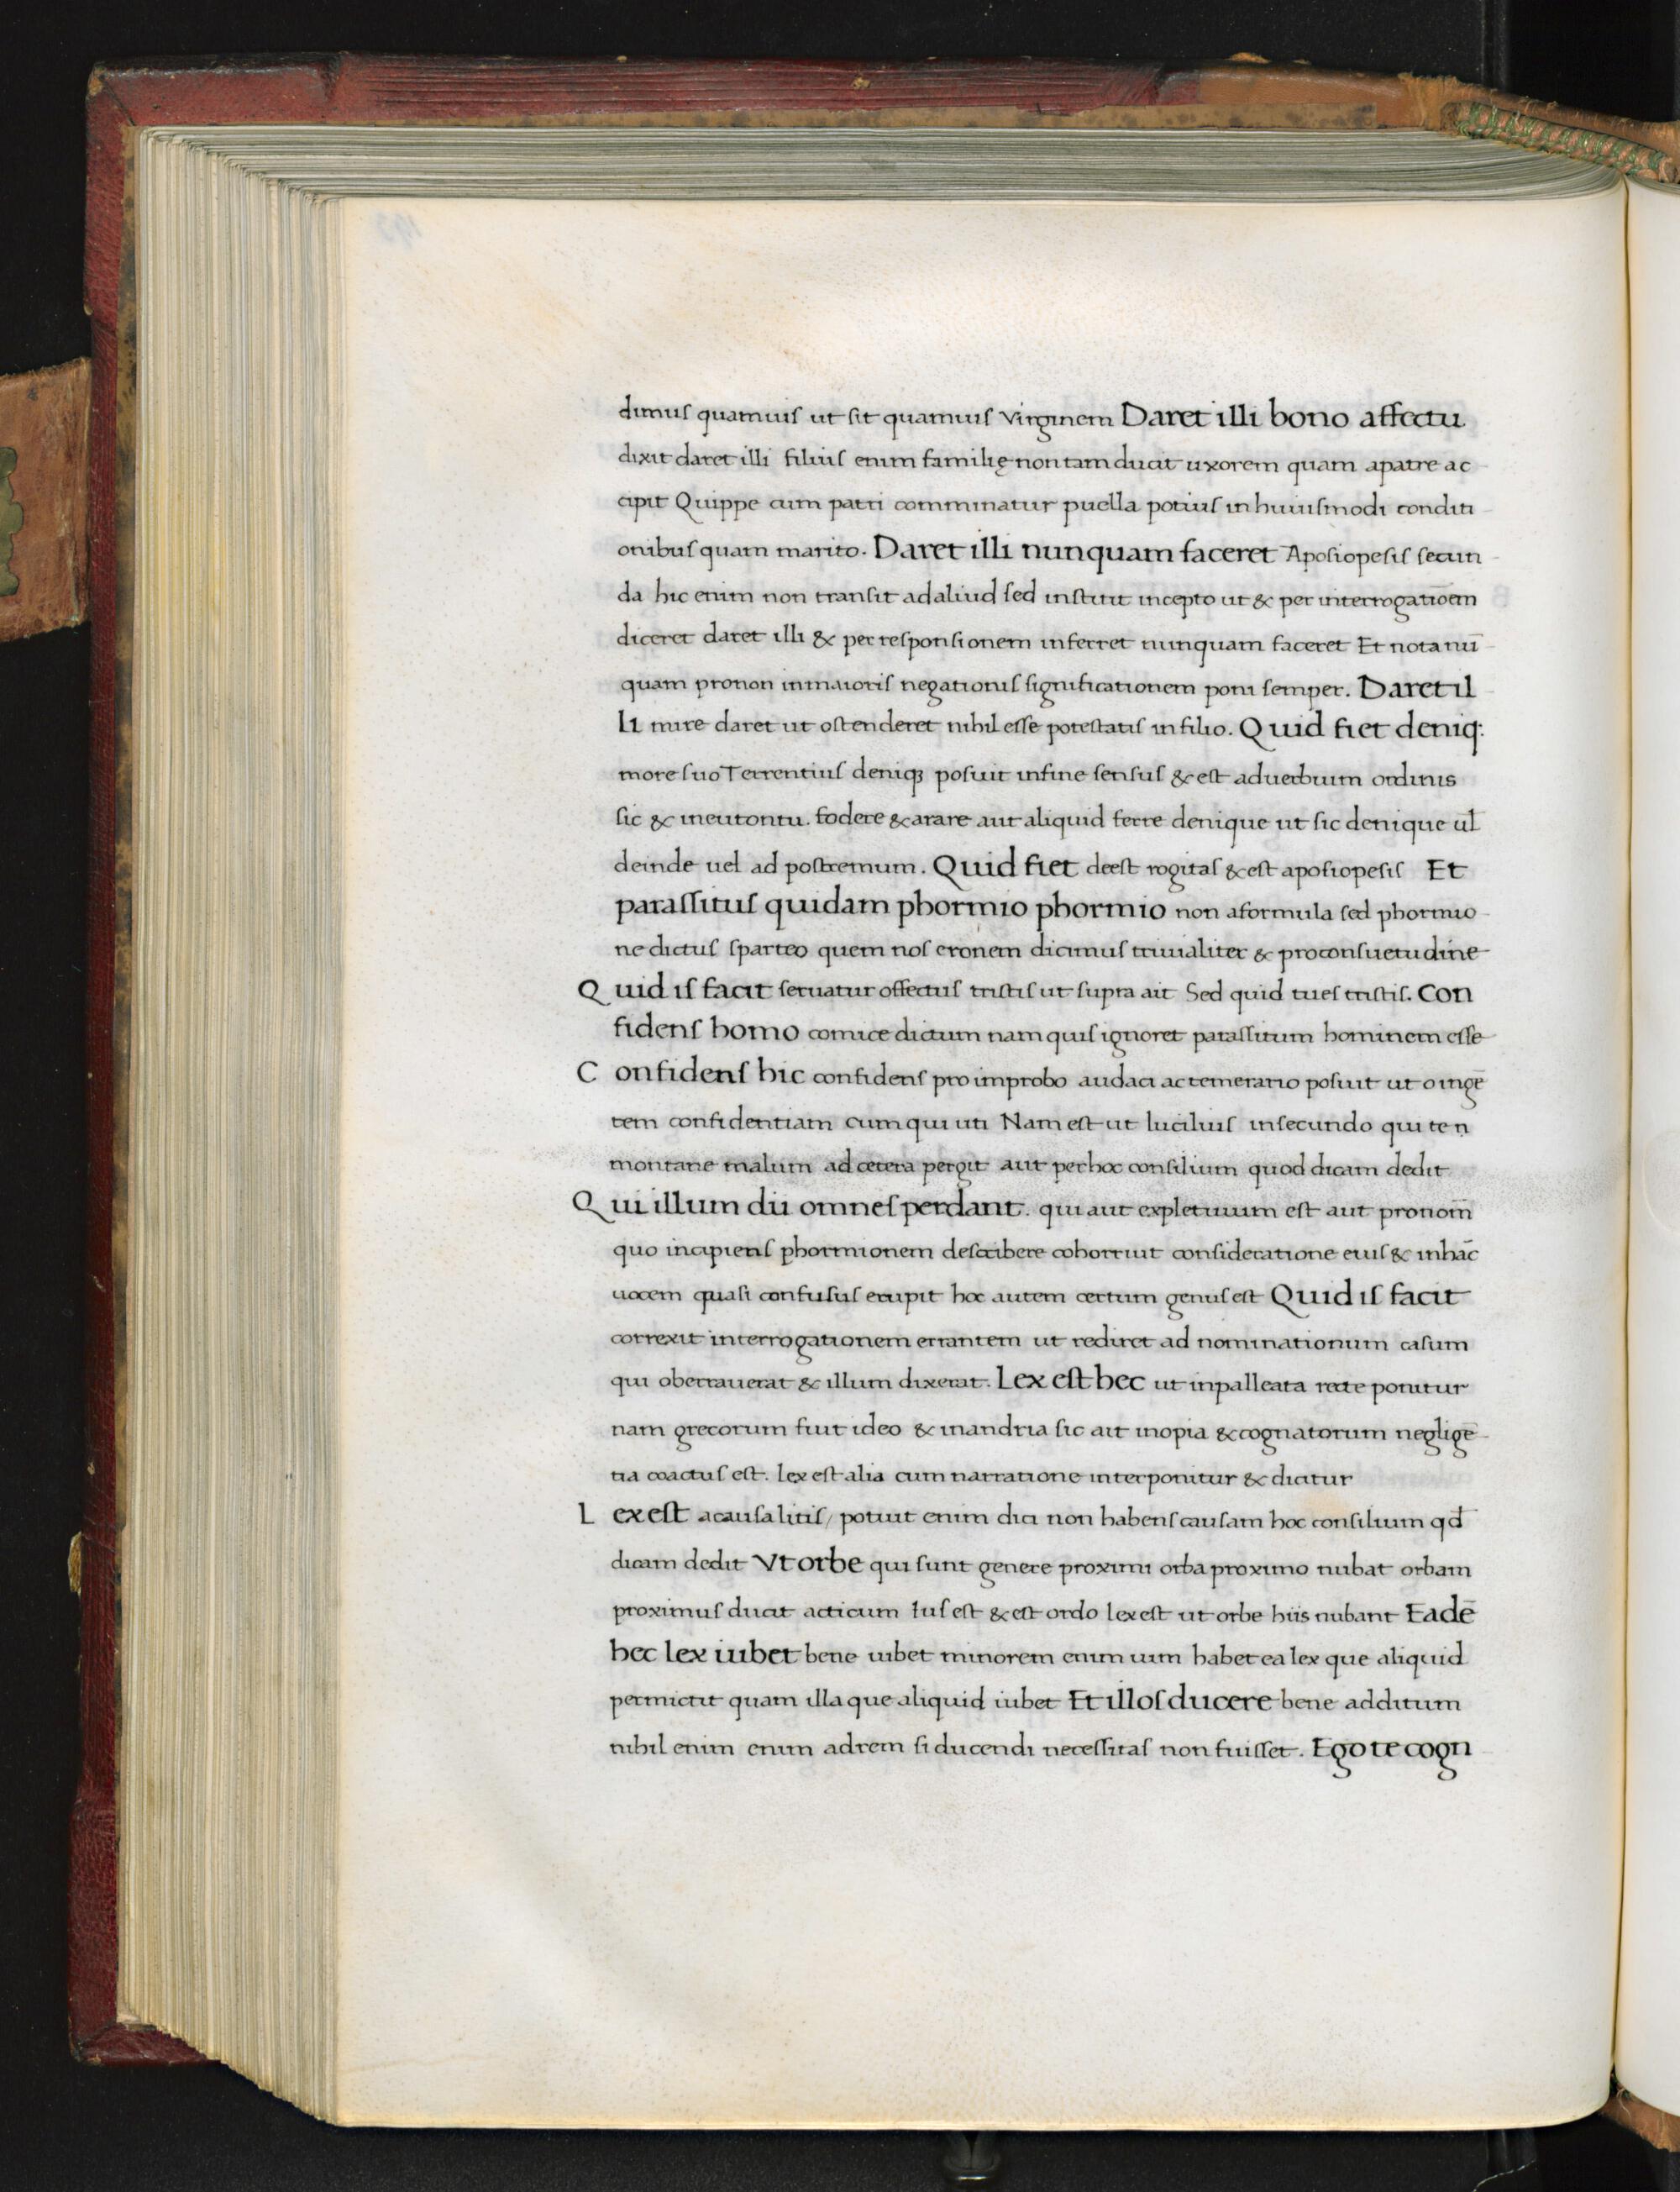
Shelfmark: Florence, Biblioteca Medicea Laurenziana, Laur. Plut. 53.09
Century: 15